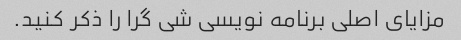
مزایای اصلی برنامه نویسی شی گرا را ذکر کنید.